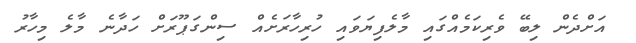
އަށްދެން ލިބޭ ވެރިކަމެއްގައި މާލެފިޔަވައި ހުރިހާރަށެއް ސިންގަޕޫރަށް ހަދާނެ މާލެ މިހާރު